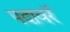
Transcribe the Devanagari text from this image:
पदावरॅ